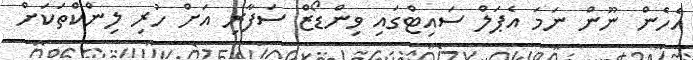
އެހެން ނޫން ނަމަ އެޕަލް ސައިޓްގައި ވިންޑޯޒް ސަފާރި އަށް ހުރި ލިންކްތަކަށް